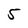
Character: 5